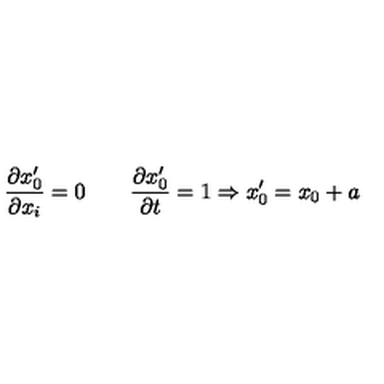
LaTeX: { \frac { \partial x _ { 0 } ^ { \prime } } { \partial x _ { i } } } = 0 \qquad { \frac { \partial x _ { 0 } ^ { \prime } } { \partial t } } = 1 \Rightarrow x _ { 0 } ^ { \prime } = x _ { 0 } + a